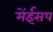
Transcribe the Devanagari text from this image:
मेंईसप